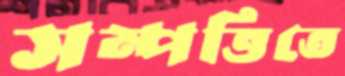
সম্পত্তিতে